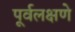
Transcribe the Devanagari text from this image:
पूर्वलक्षणे